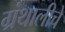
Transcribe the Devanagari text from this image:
ग्रंथालीचे